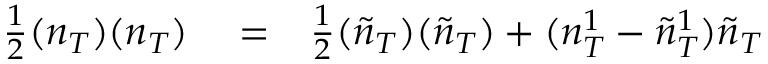
\begin{array} { r l r } { \frac { 1 } { 2 } ( n _ { T } ) ( n _ { T } ) } & { { } = } & { \frac { 1 } { 2 } ( \tilde { n } _ { T } ) ( \tilde { n } _ { T } ) + ( n _ { T } ^ { 1 } - \tilde { n } _ { T } ^ { 1 } ) \tilde { n } _ { T } } \end{array}